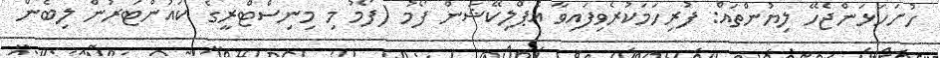
ހުށަހަޅަންޖެހޭ ލިޔުންތައް: ފުރިހަމަކުރެވިފައިވާ އެޕްލިކޭޝަން ފޯމު (ފޯމު މި މިނިސްޓްރީގެ ކައުންޓަރުން ލިބެން